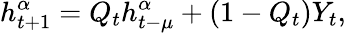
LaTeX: h_{t+1}^{\alpha}=Q_{t}h_{t-\mu}^{\alpha}+(1-Q_{t})Y_{t},